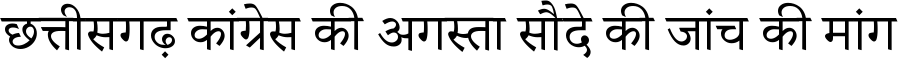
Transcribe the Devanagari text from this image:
छत्तीसगढ़ कांग्रेस की अगस्ता सौदे की जांच की मांग